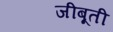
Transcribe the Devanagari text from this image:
जीबूती